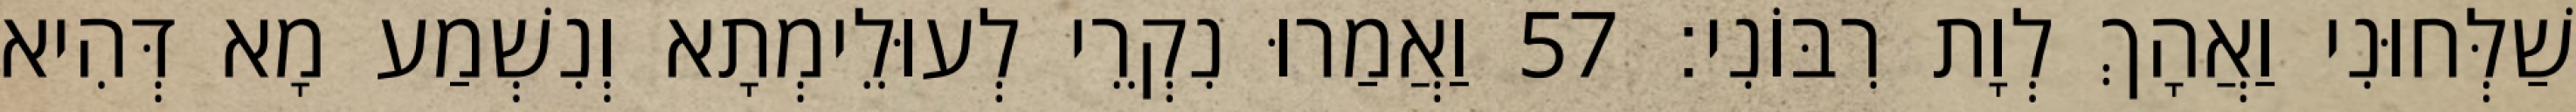
שַׁלְּחוּנִי וַאֲהָךְ לְוָת רִבּוֹנִי׃ 57 וַאֲמַרוּ נִקְרֵי לְעוּלֵימְתָא וְנִשְׁמַע מָא דְּהִיא